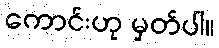
ကောင်းဟု မှတ်ပါ။